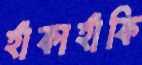
হাঁকাহাঁকি